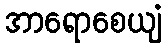
အာရောစေယျံ